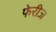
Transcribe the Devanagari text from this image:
फेरीज